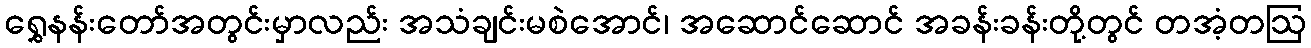
ရွှေနန်းတော်အတွင်းမှာလည်း အသံချင်းမစဲအောင်၊ အဆောင်ဆောင် အခန်းခန်းတို့တွင် တအံ့တဩ